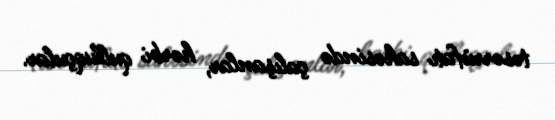
təsərrüfatı sahəsində çalışanlar, hərbi qulluqçular.